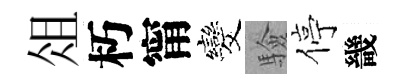
俎朽甯发驗停畿